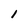
Character: 1